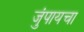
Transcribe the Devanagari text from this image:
जुंपायचा